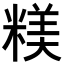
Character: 𥻙